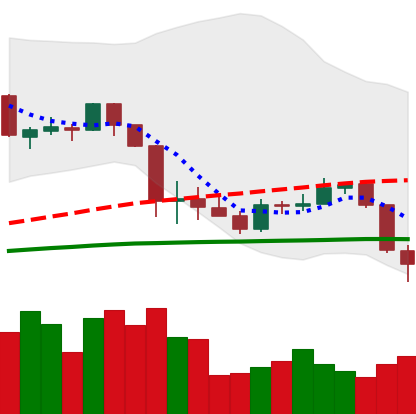
Ticker: ADA-USD
Chart end date: 2020-03-09
Forward return: -37.3%
Label: down_7plus